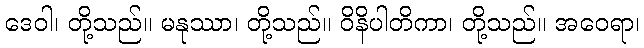
ဒေဝါ၊ တို့သည်။ မနုဿာ၊ တို့သည်။ ဝိနိပါတိကာ၊ တို့သည်။ အဝေရာ၊